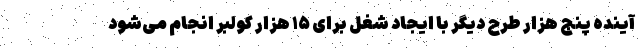
آینده پنج ‌هزار طرح دیگر با ایجاد شغل برای ۱۵ هزار کولبر انجام می‌شود